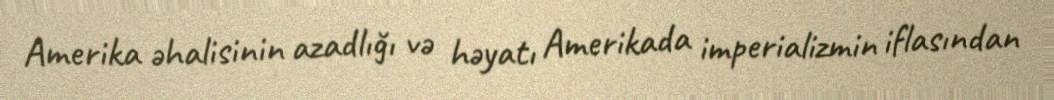
Amerika əhalisinin azadlığı və həyatı Amerikada imperializmin iflasından